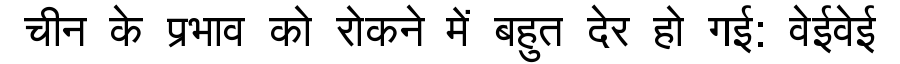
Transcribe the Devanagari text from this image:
चीन के प्रभाव को रोकने में बहुत देर हो गई: वेईवेई